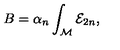
B = \alpha _ { n } \int _ { { \cal M } } { \cal E } _ { 2 n } ,